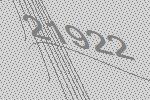
21922